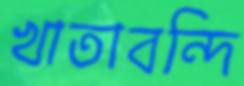
খাতাবন্দি